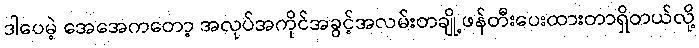
ဒါပေမဲ့ အေအေကတော့ အလုပ်အကိုင်အခွင့်အလမ်းတချို့ဖန်တီးပေးထားတာရှိတယ်လို့